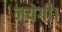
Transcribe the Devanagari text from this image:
जयेगी।